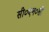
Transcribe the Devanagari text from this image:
सी०एन०सी